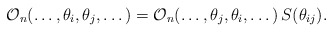
\begin{align*}\mathcal{O}_{n}(\dots ,\theta _{i},\theta _{j},\dots )=\mathcal{O}_{n}(\dots,\theta _{j},\theta _{i},\dots )\,S(\theta _{ij}). \end{align*}